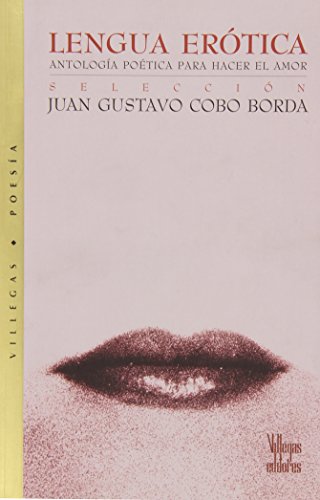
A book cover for Lengua erotica: Antologia poetica para hacer el amor (Villegas Poesia); Juan Gustavo Cobo Borda; Romance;